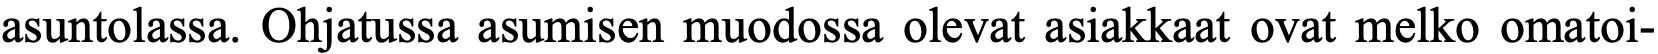
asuntolassa. Ohjatussa asumisen muodossa olevat asiakkaat ovat melko omatoi-